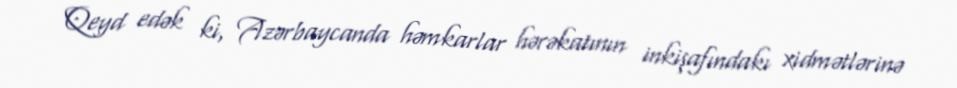
Qeyd edək ki, Azərbaycanda həmkarlar hərəkatının inkişafındakı xidmətlərinə